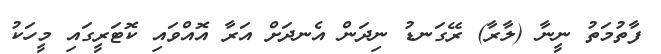
ފާތުމަތު ނީނާ (ލާރާ) ރޭގަނޑު ނިދަން އެނދަށް އަރާ އޮއްވައި ކޮޓަރީގައި މީހަކު